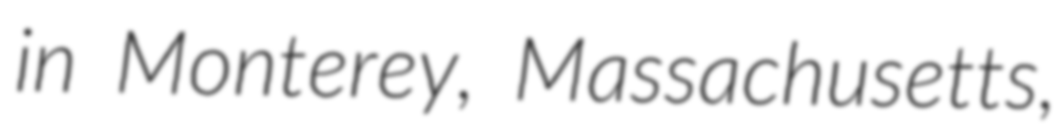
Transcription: in Monterey, Massachusetts,